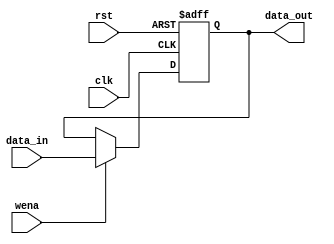
module HILOreg(
	input clk,
	input rst,
	input wena,
	input [31:0] data_in,
	output [31:0] data_out
);
reg [31:0] HILO_reg;
always @(negedge clk or posedge rst)
begin
	if(rst)
		HILO_reg <= 32'h0;
	else if(wena)
		HILO_reg <= data_in;
end
assign data_out = HILO_reg;
endmodule